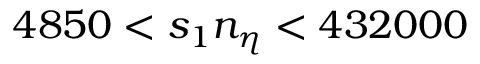
4 8 5 0 < s _ { 1 } n _ { \eta } < 4 3 2 0 0 0